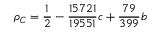
\rho _ { C } = \frac { 1 } { 2 } - \frac { 1 5 7 2 1 } { 1 9 5 5 1 } c + \frac { 7 9 } { 3 9 9 } b